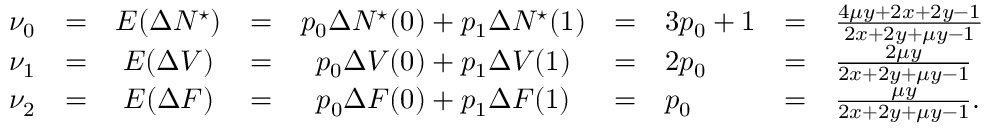
\begin{array} { r c c c c c l c l } { \nu _ { 0 } } & { = } & { E ( \Delta N ^ { \star } ) } & { = } & { p _ { 0 } \Delta N ^ { \star } ( 0 ) + p _ { 1 } \Delta N ^ { \star } ( 1 ) } & { = } & { 3 p _ { 0 } + 1 } & { = } & { \frac { 4 \mu y + 2 x + 2 y - 1 } { 2 x + 2 y + \mu y - 1 } } \\ { \nu _ { 1 } } & { = } & { E ( \Delta V ) } & { = } & { p _ { 0 } \Delta V ( 0 ) + p _ { 1 } \Delta V ( 1 ) } & { = } & { 2 p _ { 0 } } & { = } & { \frac { 2 \mu y } { 2 x + 2 y + \mu y - 1 } } \\ { \nu _ { 2 } } & { = } & { E ( \Delta F ) } & { = } & { p _ { 0 } \Delta F ( 0 ) + p _ { 1 } \Delta F ( 1 ) } & { = } & { p _ { 0 } } & { = } & { \frac { \mu y } { 2 x + 2 y + \mu y - 1 } . } \end{array}